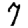
Digit: 7